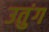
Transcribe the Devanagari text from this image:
उतुंग